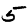
Digit: 5